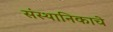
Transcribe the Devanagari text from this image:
संस्थानिकाचे